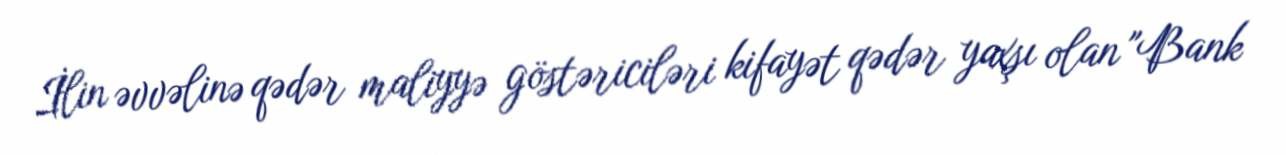
İlin əvvəlinə qədər maliyyə göstəriciləri kifayət qədər yaxşı olan "Bank